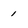
Character: 1